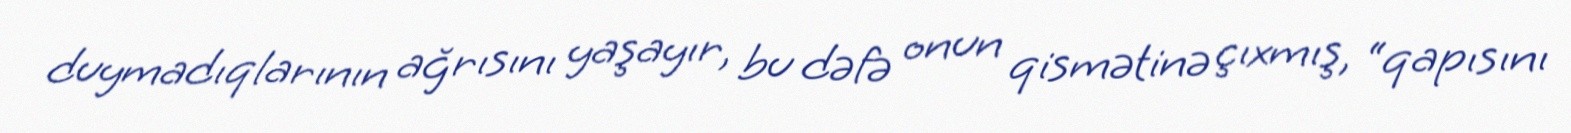
duymadıqlarının ağrısını yaşayır, bu dəfə onun qismətinə çıxmış, “qapısını